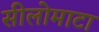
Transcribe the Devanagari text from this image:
सीलोमाटा